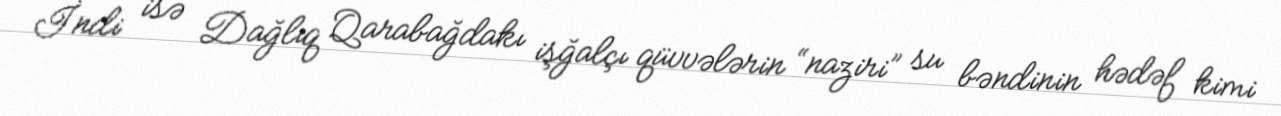
İndi isə Dağlıq Qarabağdakı işğalçı qüvvələrin “naziri” su bəndinin hədəf kimi